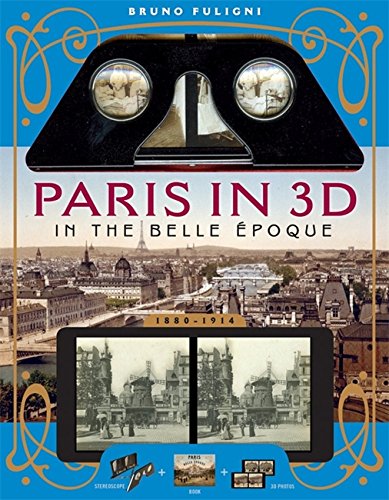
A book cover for Paris in 3D in the Belle ÃEpoque: A Book Plus Steroeoscopic Viewer and 34 3D Photos; Bruno Fuligni; Arts & Photography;